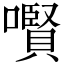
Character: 㘋